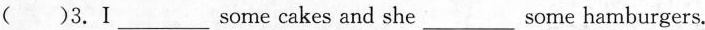
( ） 3.Ⅰ___ some cakes and she___some hamburgers.